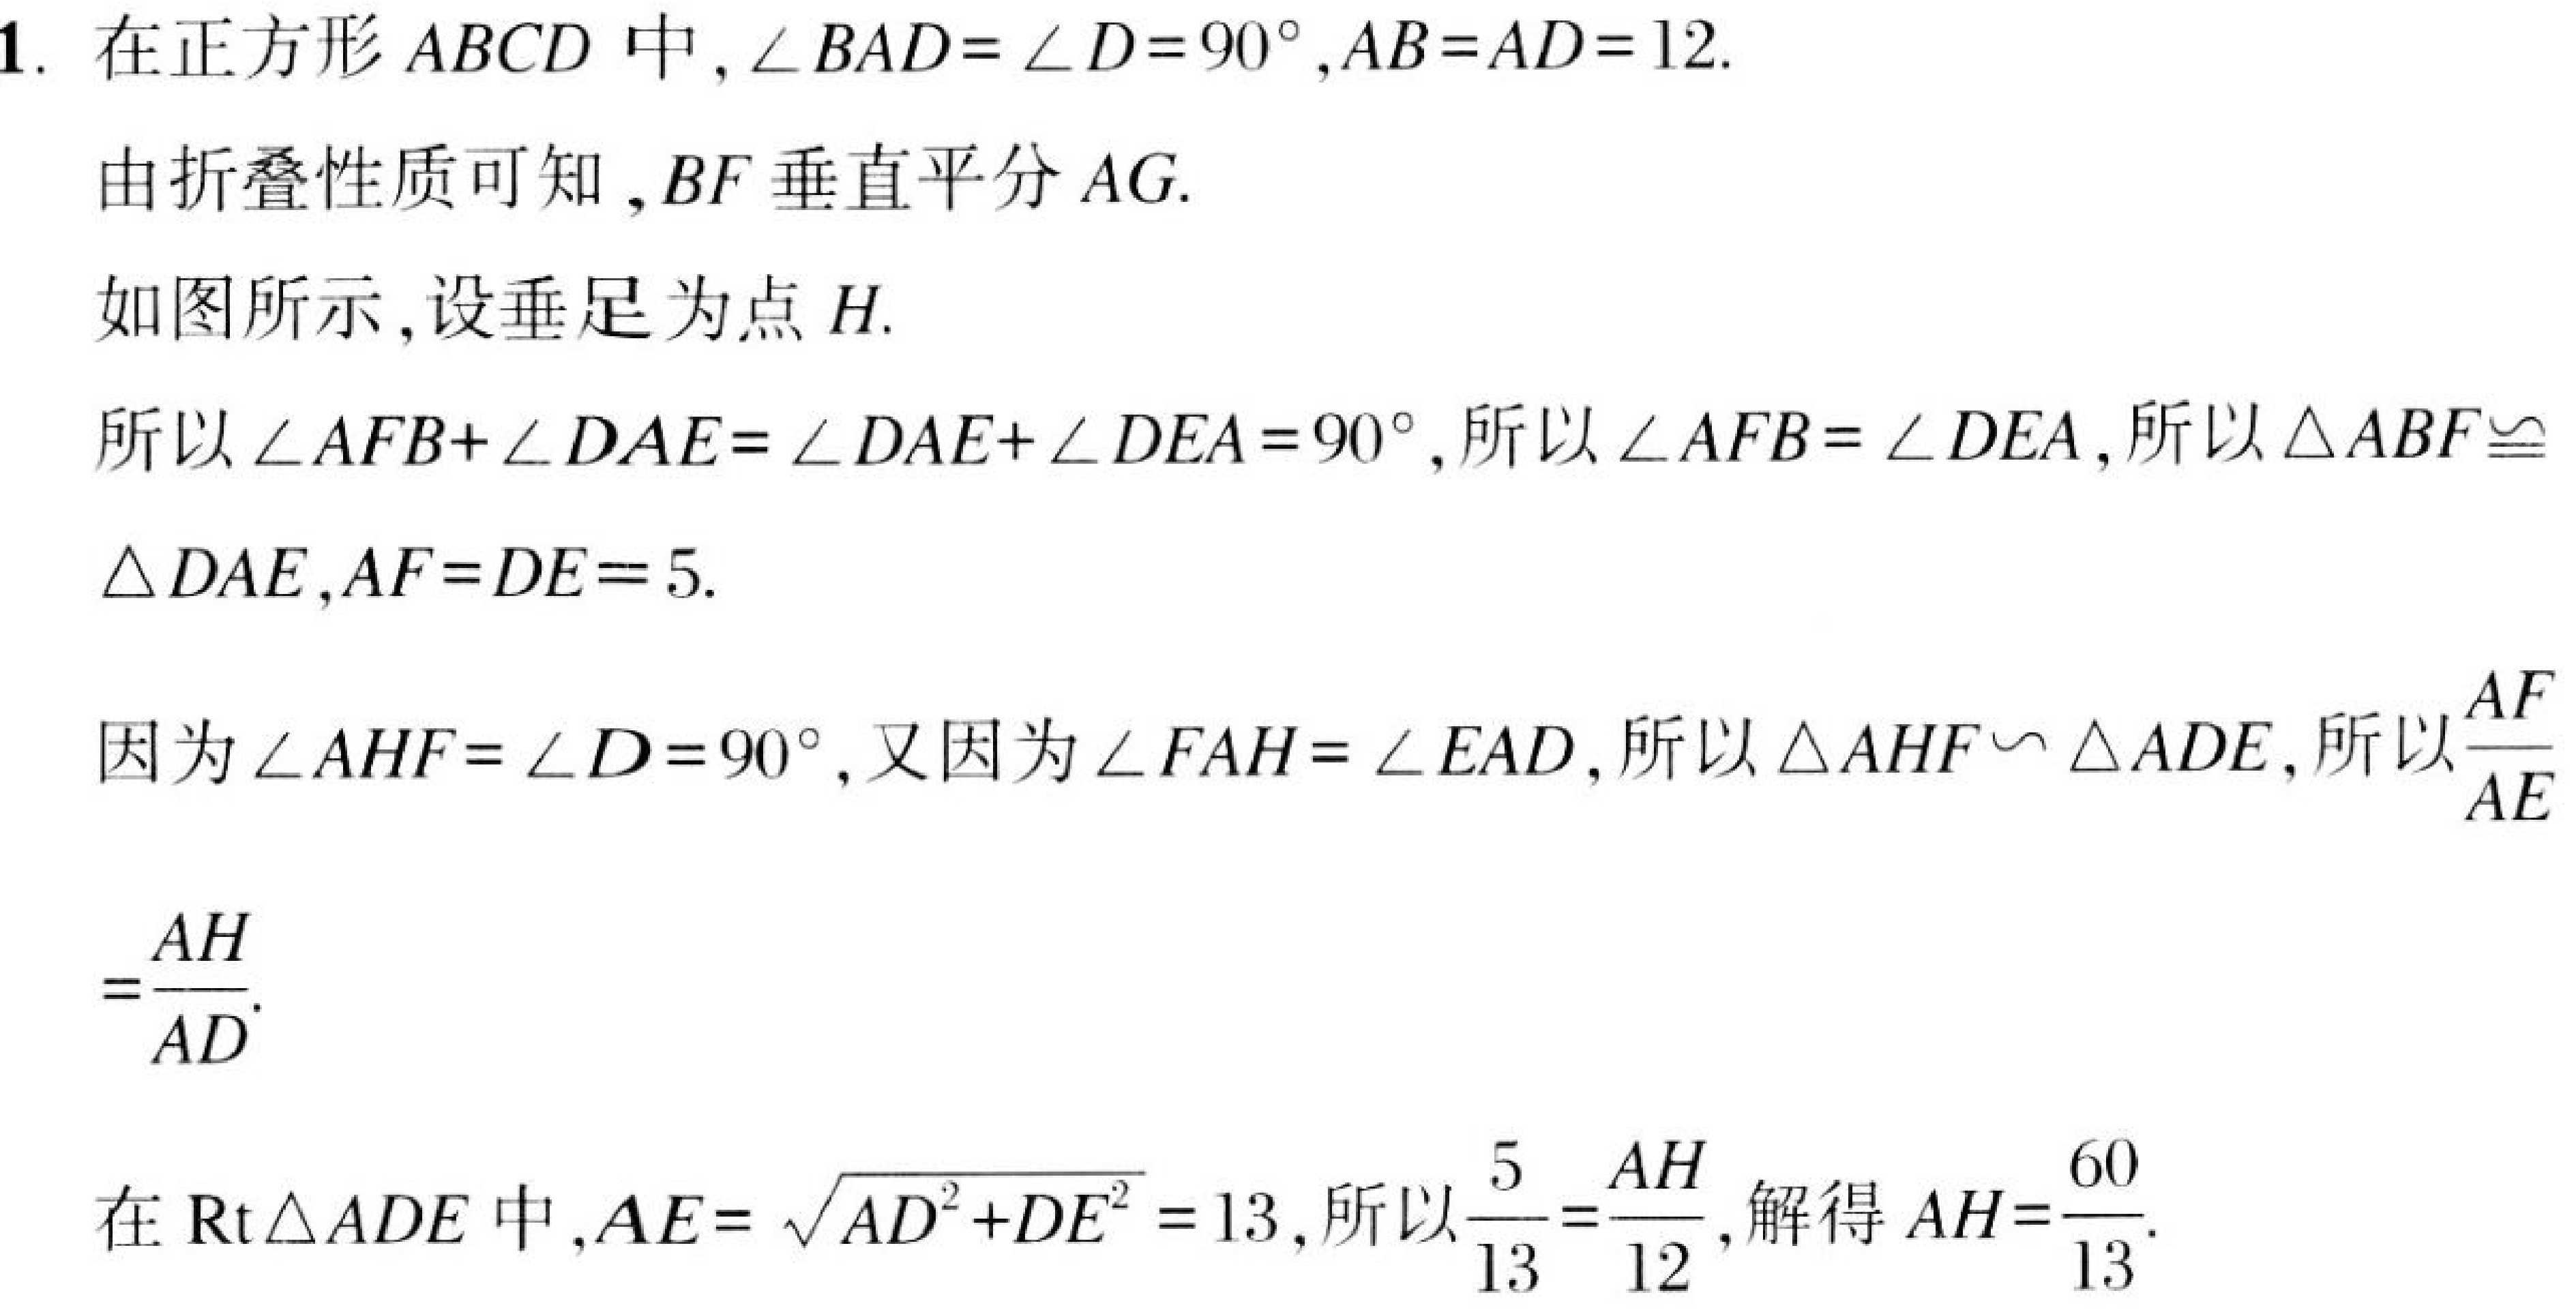
1. 在正方形 \(ABCD\) 中，\(\angle BAD = \angle D = 90^{\circ},AB = AD = 12\).
由折叠性质可知，\(BF\) 垂直平分 \(AG\).
如图所示，设垂足为点 \(H\).
所以 \(\angle AFB+\angle DAE = \angle DAE+\angle DEA = 90^{\circ}\)，所以 \(\angle AFB = \angle DEA\)，所以 \(\triangle ABF\cong\)
\(\triangle DAE\)，\(AF = DE = 5\).
因为 \(\angle AHF = \angle D = 90^{\circ}\)，又因为 \(\angle FAH = \angle EAD\)，所以 \(\triangle AHF\backsim \triangle ADE\)，所以 \(\frac{AF}{AE}\)
\(=\frac{AH}{AD}\).
在 \(\text{Rt}\triangle ADE\) 中，\(AE = \sqrt{AD^{2}+DE^{2}} = 13\)，所以 \(\frac{5}{13}=\frac{AH}{12}\)，解得 \(AH=\frac{60}{13}\).